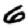
Digit: 6